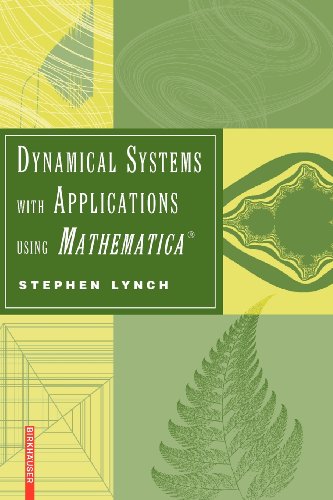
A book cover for Dynamical Systems with Applications using MathematicaÂ®; Stephen Lynch; Computers & Technology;